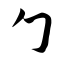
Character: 勹